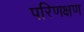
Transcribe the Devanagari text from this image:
परिणक्षण